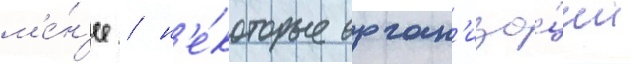
м'е́н'ее / н'е́которые орган'иза́ции